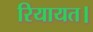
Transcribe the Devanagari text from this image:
रियायत।